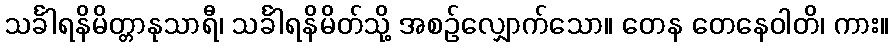
သင်္ခါရနိမိတ္တာနုသာရီ၊ သင်္ခါရနိမိတ်သို့ အစဉ်လျှောက်သော။ တေန တေနေဝါတိ၊ ကား။